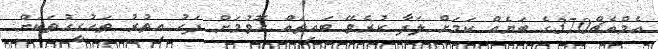
އެމްއެޗް370ގެ ބަޔެއް ކަމަށް ލަފާ ކުރެވޭ ބައިތައް ހޮވުމަށް ފަހު އިތުރު ތަހުގީގުތަކަށް